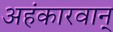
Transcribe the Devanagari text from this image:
अहंकारवान्